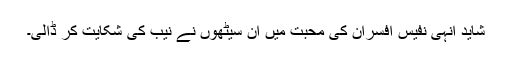
شاید انہی نفیس افسران کی محبت میں ان سیٹھوں نے نیب کی شکایت کر ڈالی۔